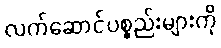
လက်ဆောင်ပစ္စည်းများကို